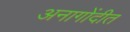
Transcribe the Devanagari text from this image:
अनागोंदीत